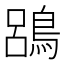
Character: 𪁳